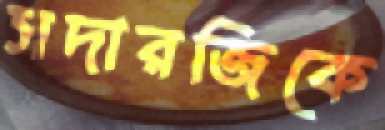
সদারজিকে